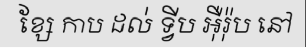
ខ្សែ កាប ដល់ ទ្វីប អ៊ឺរ៉ុប នៅ